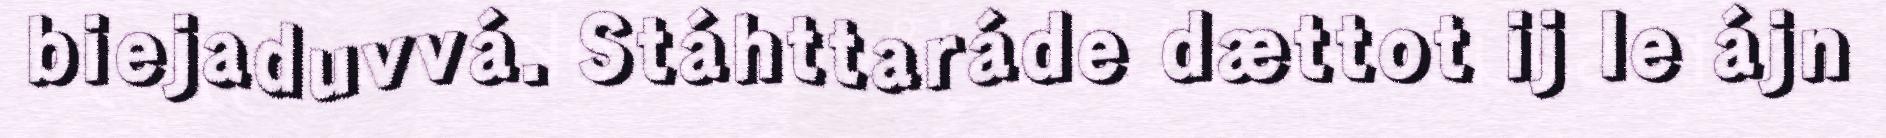
biejaduvvá. Stáhttaráde dættot ij le ájn